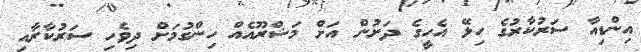
އިންޑިއާ ސަރުކާރުގެ ހިލޭ އެހީގެ ދަށުން އަށް މަޝްރޫއެއް ހިންގުމަށް ދިވެހި ސަރުކާރާއި